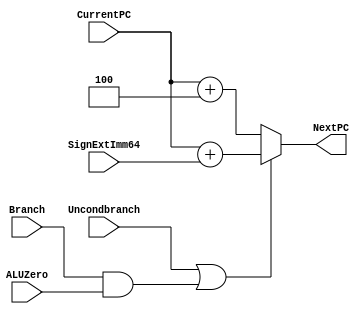
`timescale 1ns / 1ps

module NextPCLogic(NextPC, CurrentPC, SignExtImm64, Branch, ALUZero, Uncondbranch);
	// Declare I/O
	output reg [63:0] NextPC;
	input [63:0] CurrentPC, SignExtImm64; // SignExtImm64 is output of Sign Extender from previous lab
	input Branch, ALUZero, Uncondbranch;
	
	// Declare internal wires
	reg [63:0] PCPlusFour, ALUResult;
	
	/**
	 * Describe PCLogic based on diagram in class notes,
	 * including specified delays 
	 */
	 always@(*) begin
		// Calculate both, even though only one result will be used
		// for realism
		/*PCPlusFour <= #1 CurrentPC + 4;
		ALUResult <= #2 CurrentPC + SignExtImm64;
		
		if(Uncondbranch || Branch && ALUZero) // Simulate MUX with ctrl sig logic
			NextPC <= #1 ALUResult; // Here #1 is MUX delay
		else
			NextPC <= #1 PCPlusFour;*/
		
		if(Uncondbranch || Branch && ALUZero) begin // Simulate MUX with ctrl sig logic
			NextPC <= #3 CurrentPC + SignExtImm64; // Here #1 is MUX delay
			$display("\tBRANCHING: CurrentPC = 0x%h, SignExt = 0x%h", CurrentPC, SignExtImm64);
		end else
			NextPC <= #2 CurrentPC + 4;
	end
endmodule